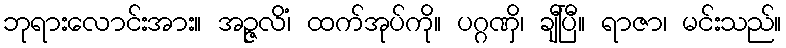
ဘုရားလောင်းအား။ အဉ္ဇလိံ၊ ထက်အုပ်ကို။ ပဂ္ဂဏှိ၊ ချီပြီ။ ရာဇာ၊ မင်းသည်။